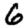
Digit: 6